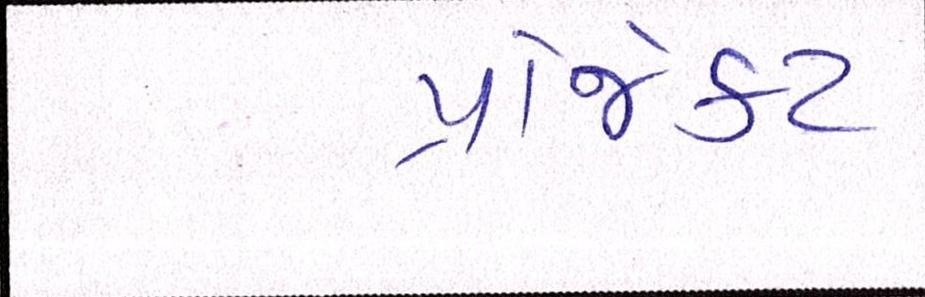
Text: પ્રોજેક્ટ